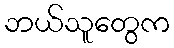
ဘယ်သူတွေက